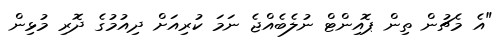
"އެ މެޗުން ތިން ޕޮއިންޓް ނުލެބެއްޖެ ނަމަ ކުރިއަށް ދިއުމުގެ ދޮރި މުޅިން